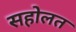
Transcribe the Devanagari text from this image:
सहोलत